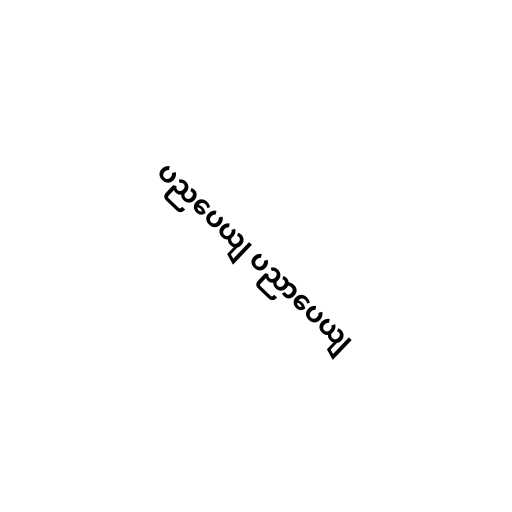
ပညပေယျ ပညာပေယျ